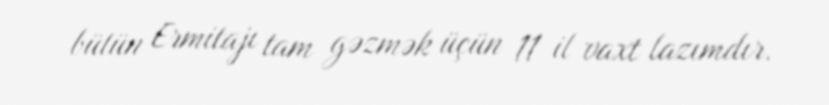
bütün Ermitajı tam gəzmək üçün 11 il vaxt lazımdır.